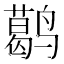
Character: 𬸭